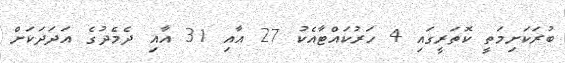
ބުރަކަށިމަތީ ކޮތަރީގައި 4 ހަރުކައްޓާއެކު 27 އާއި 31 އާއި ދެމެދުގެ އަދަދަކަށް